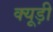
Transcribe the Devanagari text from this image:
क्यूड़ी